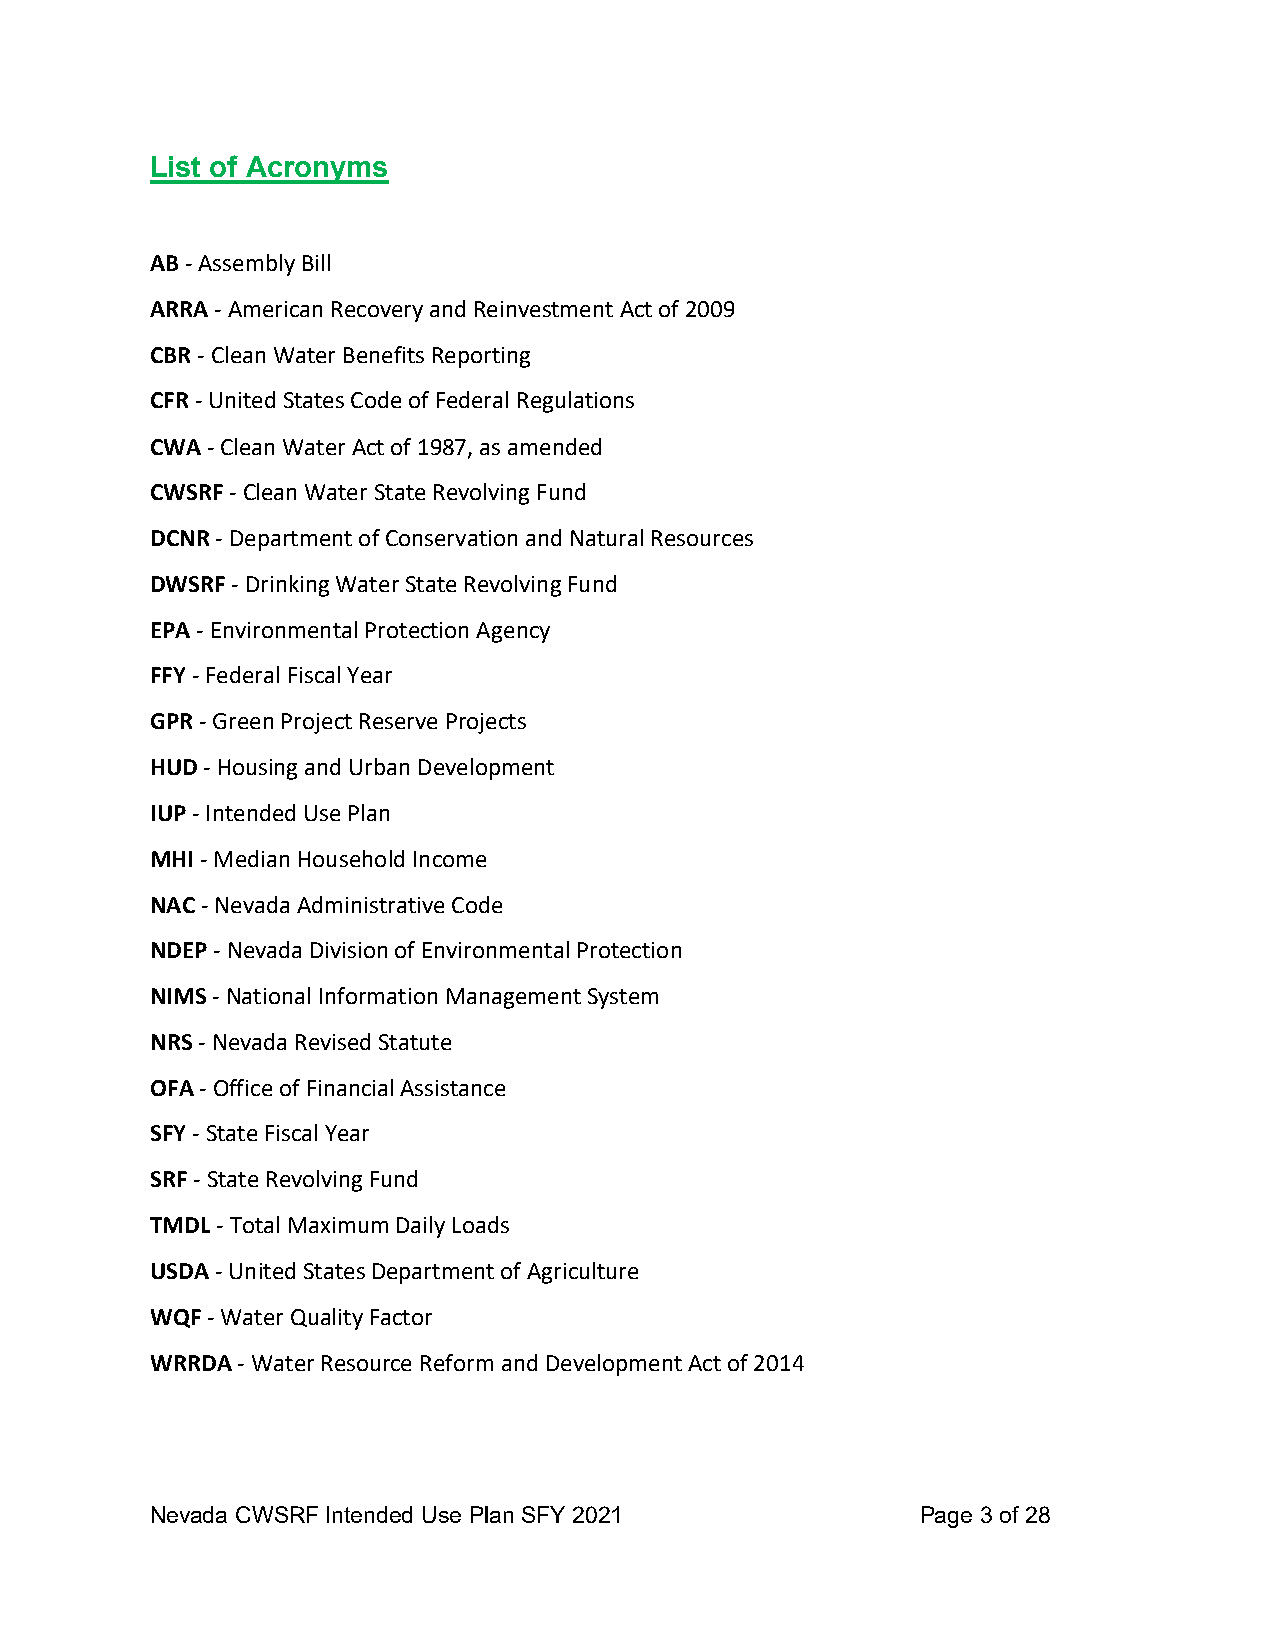
List of Acronyms
 AB - Assembly Bill
 ARRA - American Recovery and Reinvestment Act of 2009
 CBR - Clean Water Benefits Reporting
 CFR - United States Code of Federal Regulations
 CWA - Clean Water Act of 1987, as amended
 CWSRF - Clean Water State Revolving Fund
 DCNR - Department of Conservation and Natural Resources
 DWSRF - Drinking Water State Revolving Fund
 EPA - Environmental Protection Agency
 FFY - Federal Fiscal Year
 GPR - Green Project Reserve Projects
 HUD - Housing and Urban Development
 IUP - Intended Use Plan
 MHI - Median Household Income
 NAC - Nevada Administrative Code
 NDEP - Nevada Division of Environmental Protection
 NIMS - National Information Management System
 NRS - Nevada Revised Statute
 OFA - Office of Financial Assistance
 SFY - State Fiscal Year
 SRF - State Revolving Fund
 TMDL - Total Maximum Daily Loads
 USDA - United States Department of Agriculture
 WQF - Water Quality Factor
 WRRDA - Water Resource Reform and Development Act of 2014
 Nevada CWSRF Intended Use Plan SFY 2021            Page 3 of 28